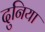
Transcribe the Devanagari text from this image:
दुनिया